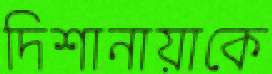
দিশানায়াকে